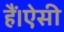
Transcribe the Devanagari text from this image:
हैं।ऐसी